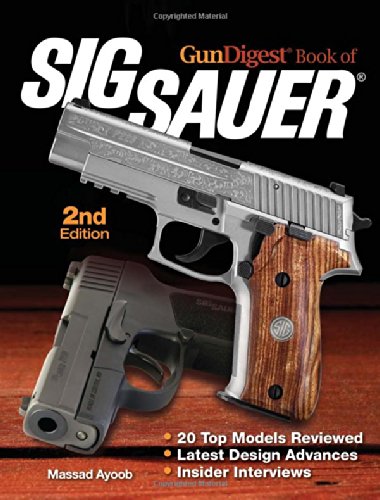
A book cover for Gun Digest Book of SIG-Sauer; Massad Ayoob; Reference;